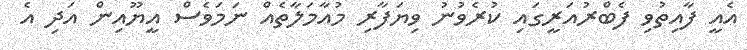
އެއީ ފާއިތުވި ފެބްރުއަރީގައި ކުރެވުނު ވިޔަފާރި މުއާމަލާތެއް ނަމަވެސް އީޔޫއިން އަދި އެ